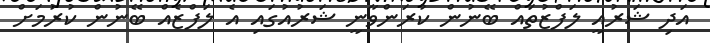
އަދި ޝަރުއީ ލަފްޒުތައް ބޭނުން ކުރަންވާނީ ޝަރުއުގައި އެ ލަފްޒެއް ބޭނުން ކުރުމަށް